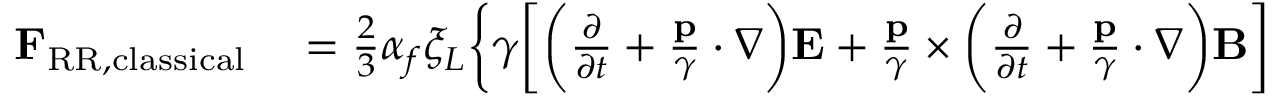
\begin{array} { r l } { \mathbf { F } _ { \mathrm { R R , c l a s s i c a l } } } & { { } = \frac { 2 } { 3 } \alpha _ { f } \xi _ { L } \bigg \lbrace \gamma \bigg [ \bigg ( \frac { \partial } { \partial t } + \frac { \mathbf { p } } { \gamma } \cdot \nabla \bigg ) \mathbf { E } + \frac { \mathbf { p } } { \gamma } \times \bigg ( \frac { \partial } { \partial t } + \frac { \mathbf { p } } { \gamma } \cdot \nabla \bigg ) \mathbf { B } \bigg ] } \end{array}